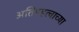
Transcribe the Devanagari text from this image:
अतिमहत्वाच्या